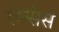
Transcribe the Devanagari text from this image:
लेन्सेस